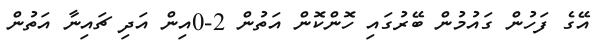
އޭގެ ފަހުން ގައުމުން ބޭރުގައި ހޮންކޮން އަތުން 2-0އިން އަދި ޗައިނާ އަތުން